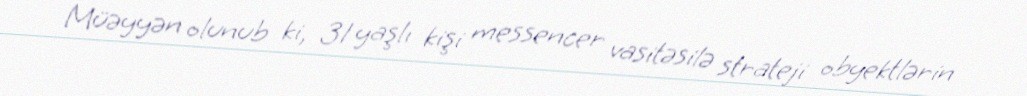
Müəyyən olunub ki, 31 yaşlı kişi messencer vasitəsilə strateji obyektlərin